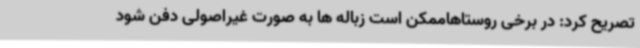
تصریح کرد: در برخی روستاهاممکن است زباله ها به صورت غیراصولی دفن شود